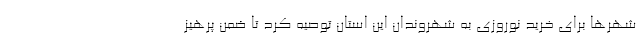
شهرها برای خرید نوروزی به شهروندان این استان توصیه کرد تا ضمن پرهیز